Civil Veterinary Department Bengal reports 1933-51 - 1933-1951
Year: 1933
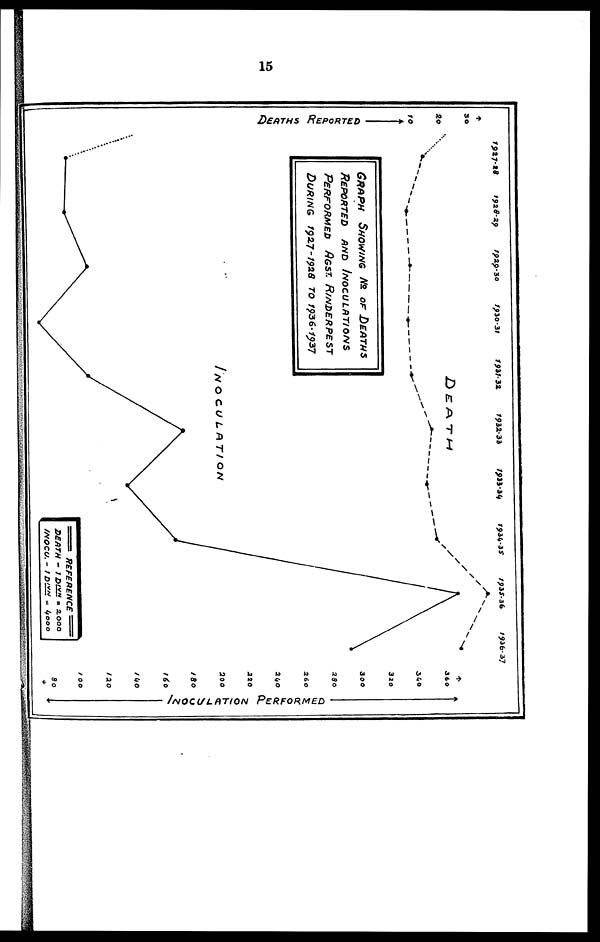
15